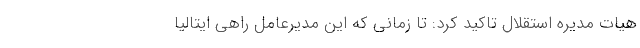
هیات مدیره استقلال تاکید کرد: تا زمانی که این مدیرعامل راهی ایتالیا